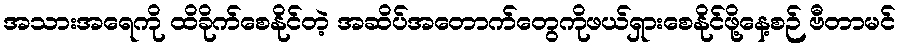
အသားအရေကို ထိခိုက်စေနိုင်တဲ့ အဆိပ်အတောက်တွေကိုဖယ်ရှားစေနိုင်ဖို့နေ့စဉ် ဗီတာမင်